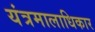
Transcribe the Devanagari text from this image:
यंत्रमालाधिकार